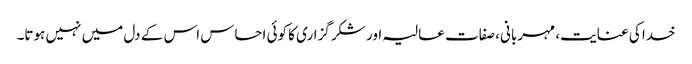
خدا کی عنایت، مہربانی، صفات عالیہ اور شکر گزاری کا کوئی احساس اس کے دل میں نہیں ہوتا۔